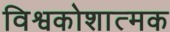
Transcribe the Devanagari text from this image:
विश्वकोशात्मक